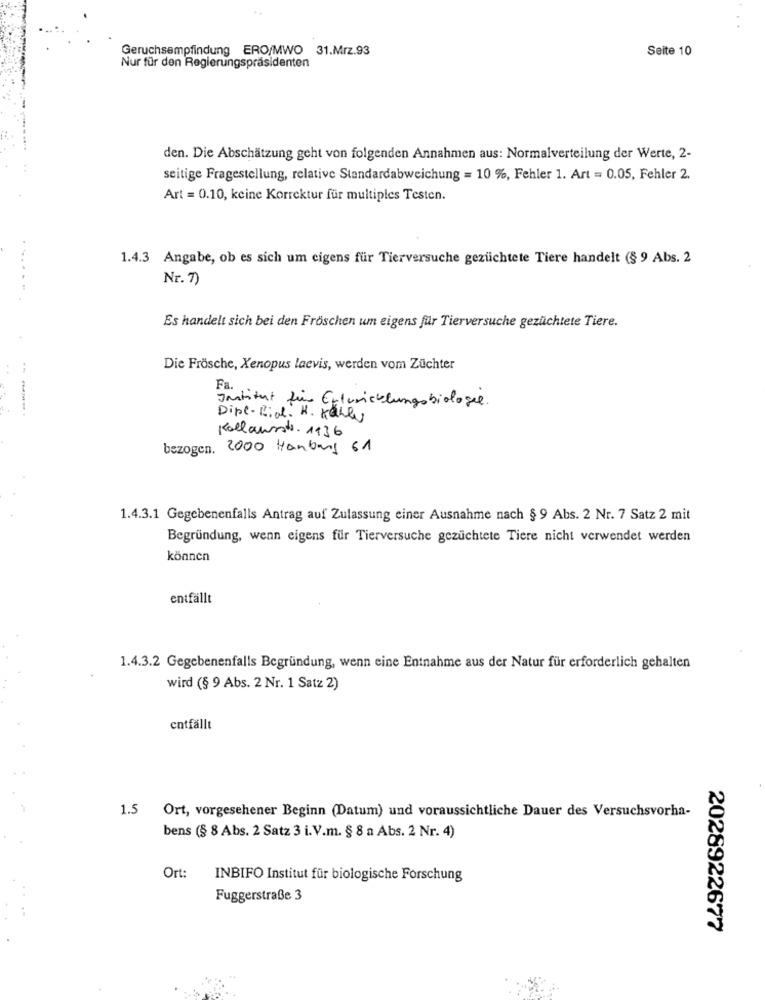
Geruchsempfindung ERO/MWO 31.Mrz.93
Seite 10
Nur für den Regierungspräsidenten
den. Die Abschätzung geht von folgenden Annahmen aus: Normalverteilung der Werte, 2-
seitige Fragestellung, relative Standardabweichung = 10 %, Fehler 1. Art = 0.05, Fehler 2.
Art = 0.10, keine Korrektur für multiples Testen.
1.4.3 Angabe, ob es sich um cigens für Tierversuche gezüchtete Tiere handelt (§ 9 Abs. 2
Nr. 7)
Es handelt sich bei den Fröschen um eigens für Tierversuche gezüchtete Tiere.
Die Frösche, Xenopus laevis, werden vom Züchter
Fa
Institut für Ertericklungsbiologe.
------
Dipl- Rio: H. Kelly
Kollawsstr. 1136
bezogen. 2000 Hanburg 61
1.4.3.1 Gegebenenfalls Antrag auf Zulassung einer Ausnahme nach § 9 Abs. 2 Nr. 7 Satz 2 mit
Begründung, wenn eigens für Tierversuche gezüchtete Tiere nicht verwendet werden
können
entfällt
1.4.3.2 Gegebenenfalls Begründung, wenn eine Entnahme aus der Natur für erforderlich gehalten
wird (§ 9 Abs. 2 Nr. 1 Satz 2)
entfällt
1.5 Ort, vorgesehener Beginn (Datum) und voraussichtliche Dauer des Versuchsvorha-
bens (§ 8 Abs. 2 Satz 3 i. V.m. § 8 a Abs. 2 Nr. 4)
Ort:
INBIFO Institut für biologische Forschung
Fuggerstraße 3
2028922677